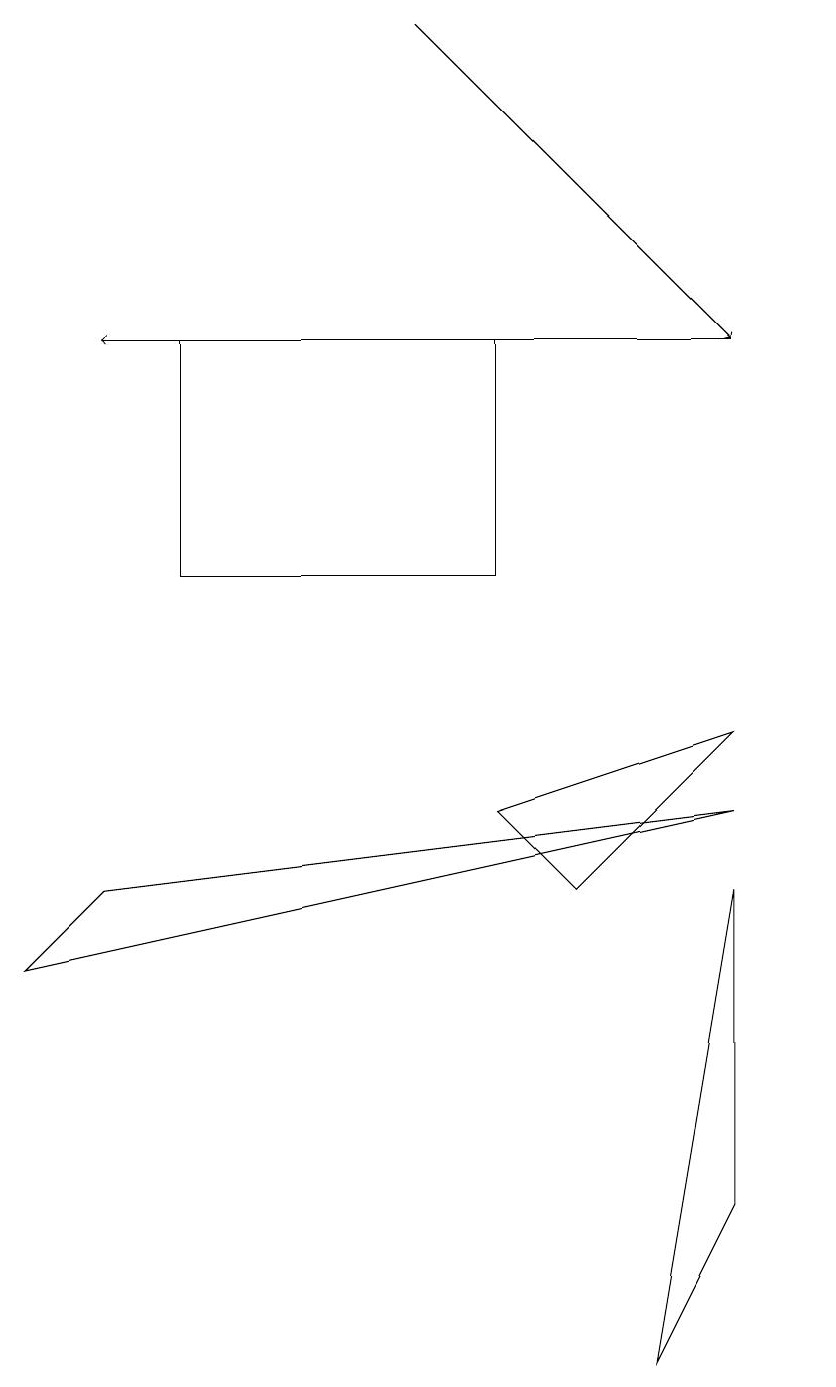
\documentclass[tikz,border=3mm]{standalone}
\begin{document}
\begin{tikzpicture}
\draw (9,3) -- (8,1) -- (9,7) -- cycle;
\draw (6,8) -- (7,7) -- (9,9) -- cycle;
\draw[->] (9,14) -- (1,14);
\draw (6,11) rectangle (2,14);
\draw (0,6) -- (1,7) -- (9,8) -- cycle;
\draw[->] (5,18) -- (9,14);
\draw (10,11) circle (0);
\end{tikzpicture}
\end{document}